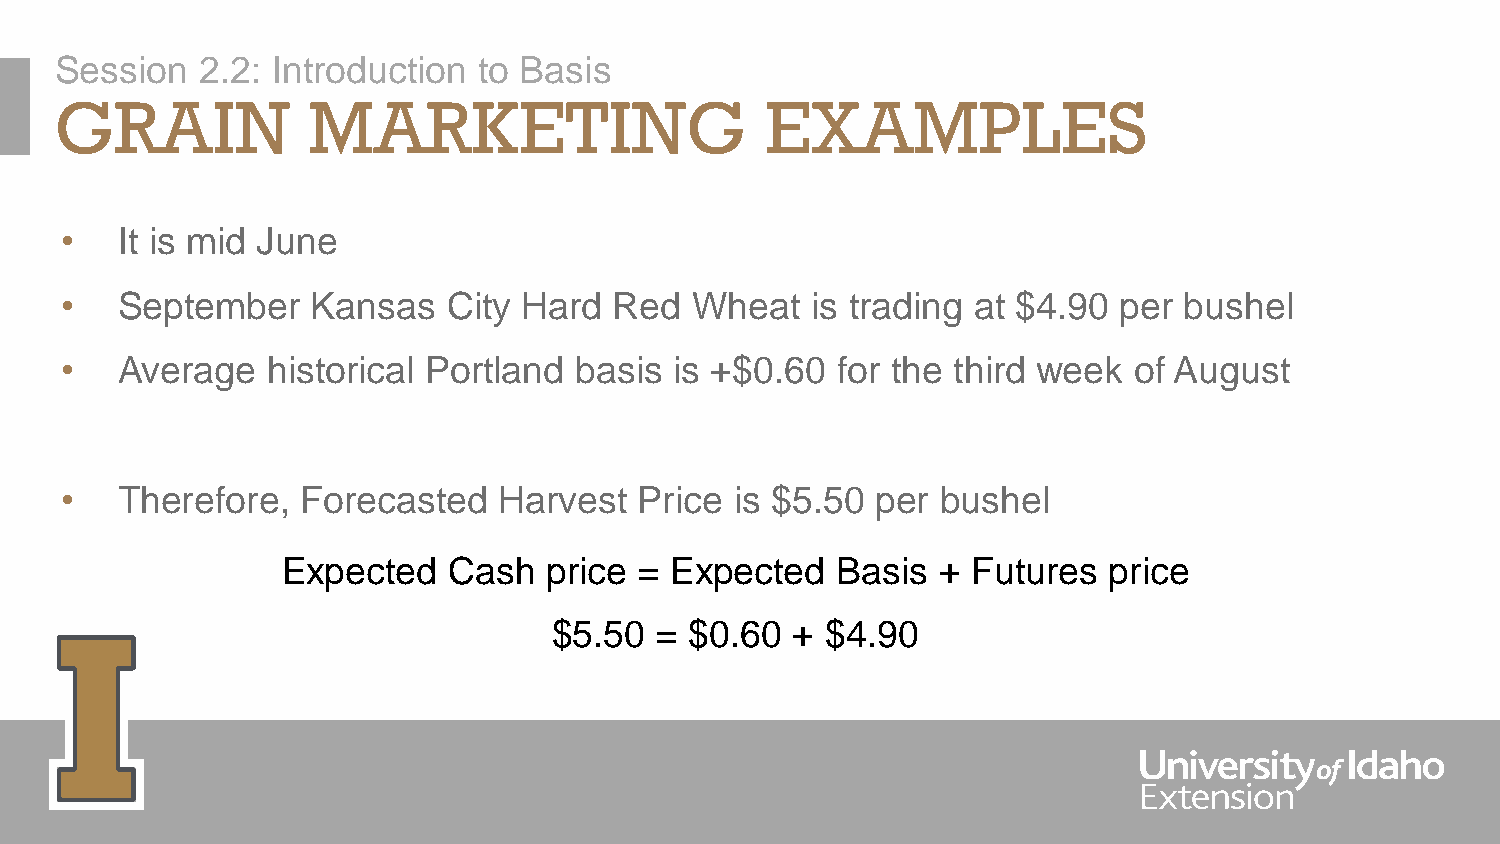
Session  2.2: Introduction  to Basis
 GRAIN           MARKETING                      EXAMPLES
 •   It is mid June
 •   September    Kansas   City Hard  Red  Wheat   is trading at $4.90 per bushel
 •   Average   historical Portland basis  is +$0.60 for the third week  of August
 •   Therefore,  Forecasted   Harvest  Price  is $5.50 per bushel
 Expected   Cash  price = Expected   Basis  + Futures  price
 $5.50 =  $0.60  + $4.90